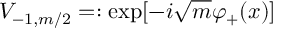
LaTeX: V _ { - 1 , m / 2 } = : \exp [ - i \sqrt { m } \varphi _ { + } ( x ) ]